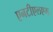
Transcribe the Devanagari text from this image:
एनटीएलएम